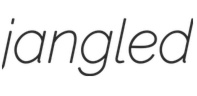
jangled